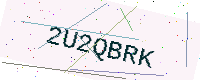
Text: 2U2QBRK